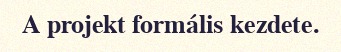
A projekt formális kezdete.